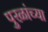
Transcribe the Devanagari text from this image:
पुरळांच्या